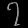
Digit: ၇